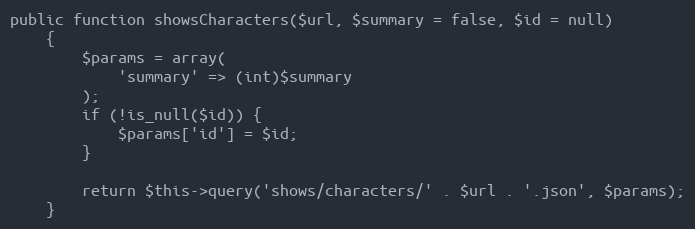
Language: PHP
public function showsCharacters($url, $summary = false, $id = null)
    {
        $params = array(
            'summary' => (int)$summary
        );
        if (!is_null($id)) {
            $params['id'] = $id;
        }

        return $this->query('shows/characters/' . $url . '.json', $params);
    }